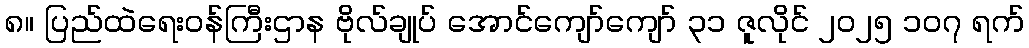
၈။ ပြည်ထဲရေးဝန်ကြီးဌာန ဗိုလ်ချုပ် အောင်ကျော်ကျော် ၃၁ ဇူလိုင် ၂၀၂၅ ၁၀၇ ရက်